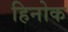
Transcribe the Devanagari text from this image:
हिनोक